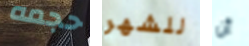
حجمه للشهر أن